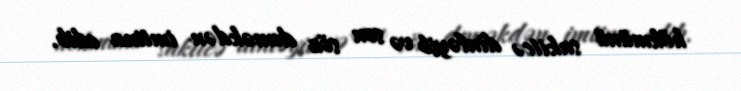
hökmünü sakitcə dinləyib və son söz deməkdən imtina edib.